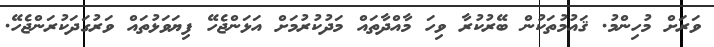
ވަރަށް މުހިންމު. ޤައުމުތަކުން ބޭރުކުރާ ވިހަ މާއްދާތައް މަދުކުރުމަށް އަޅަންޖެހޭ ފިޔަވަޅުތައް ވަރުގަދަކުރަންޖެހޭ.